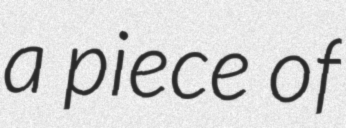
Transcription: a piece of